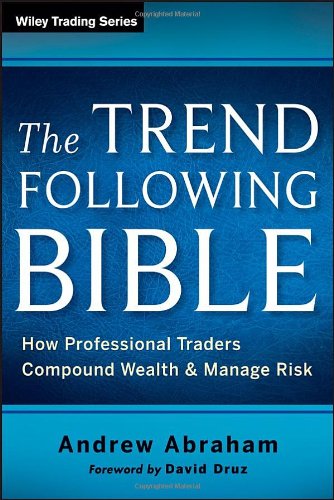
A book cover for The Trend Following Bible: How Professional Traders Compound Wealth and Manage Risk; Andrew Abraham; Business & Money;